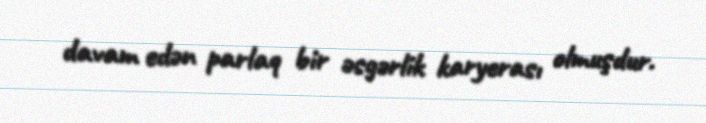
davam edən parlaq bir əsgərlik karyerası olmuşdur.